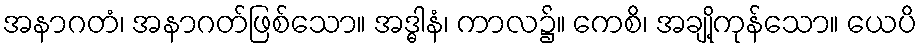
အနာဂတံ၊ အနာဂတ်ဖြစ်သော။ အဒ္ဓါနံ၊ ကာလ၌။ ကေစိ၊ အချို့ကုန်သော။ ယေပိ